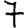
Digit: 7